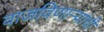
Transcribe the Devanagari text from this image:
वाजविणार्‍यांची